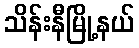
သိန်းနီမြို့နယ်